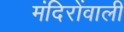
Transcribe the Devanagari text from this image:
मंदिरोंवाली